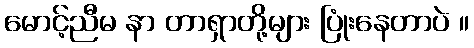
မောင့်ညီမ နာ တာရှာတို့များ ပြုံးနေတာပဲ ။